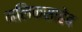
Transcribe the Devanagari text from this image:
मलिकसाहेब